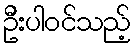
ဦးပါဝင်သည့်